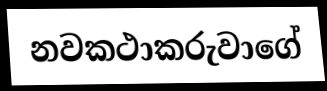
නවකථාකරුවාගේ